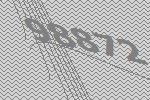
98872